Vital statistics of India. Vol. VI, European troops 1870-79
Year: 1870
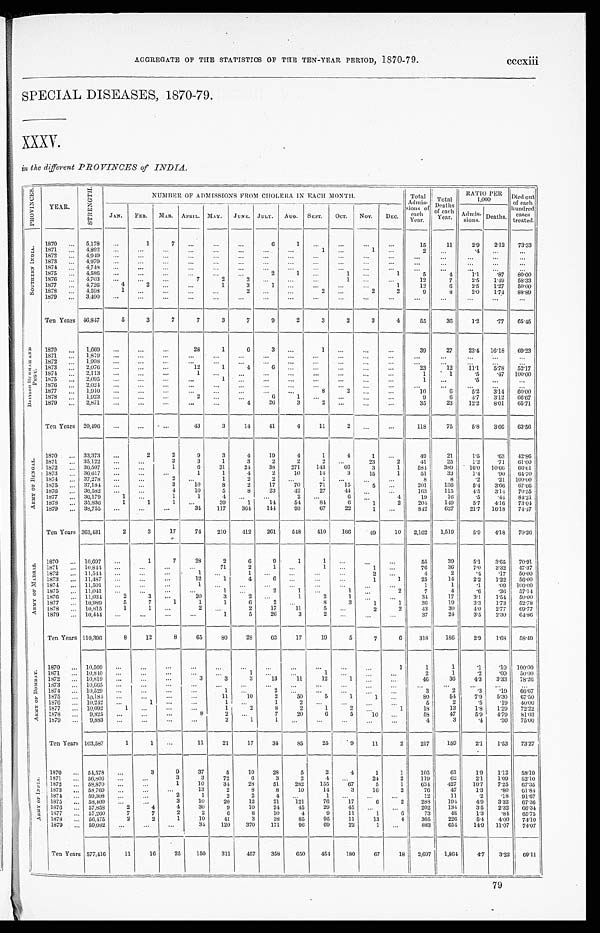
AGGREGATE OF THE STATISTICS OF THE TEN-YEAR PERIOD, 1870-79. cccxiii
SPECIAL DISEASES, 1870-79.
XXXV.
in the different PROVINCES of INDIA.
P R O V I N C E S .
YEAR.
S T R E N G T H .
NUMBER OF ADMISSIONS FROM CHOLERA IN EACH MONTH.
Total
Admis-
s i o n s o f e a c h Y e a r . Total
Deaths
of each
Y e a r .
RATIO PER
1,000
Died out
of each
hundred
cases
treated.
JAN. FEB. MAR. APRIL. MAY. JUNE. JULY. AUG. SEPT. OCT. NOV.
DEC.
Admis-s i o n s . Deaths.
S O U T H E R N I N D I A .
1870 ... 5,178 ...
1
7 ...
...
...
6
1
. . . ...
. . . ...
15
11
2 . 9
2. 12
73.33
1871 ... 4,892 ...
. . .
. . . ...
...
...
. . . ...
. . . ...
1
. . .
1 ...
. 4
. . . ...
1872 ... 4,949 ...
...
...
...
...
...
...
...
...
...
...
. . . ...
. . . ...
. . . ...
1873 ... 4,979 ...
. . . ...
...
...
. . . ...
. . .
. . .
...
...
...
...
. . . . . .
. . . ...
1874 ... 4,748 ...
...
. . .
. . . ...
...
...
...
. . . ...
. . .
. . . ...
...
. . .
. . . ...
1875 ... 4,586 ...
. . . . . . ...
...
. . . 2
1 ...
1 . . .
1
5
4
1.1
. 8 7 80.00
1876 ... 4,703 ...
...
. . .
7
2
2 . . .
. . .
. . . 1
. . . ...
12
7
2 . 5
1.49 58.33
1877 ... 4,726
4
2 . . . ...
1
3
1 ...
...
... ...
1
12
6
2 . 5
1 . 2 7
50.00
1878 ... 4,598
1 ...
. . . ...
...
2
. . .
. . .
2 ... 2
2
9
8
2 . 0
1. 74
88.89
1879 ... 3,490 ...
. . . . . .
. . . ...
...
. . . ...
...
...
. . . ...
...
. . .
...
...
...
Ten Years 46,847
5
3
7
7
3
7
9
2
3
2
3
4
55
36
1.2
.77 65.45
B R I T I S H B U R M A H A N D P E G U .
1870 ... 1,669 ...
. . .
...
28
1
6
3
. . .
1 ...
...
...
39
27
23.4 16.18 69.23
1871 ... 1,819 ...
. . .
. . . ...
...
...
. . .
. . . ...
...
. . .
. . . ...
. . .
. . .
. . . ...
1872 ... 1,998 ...
. . .
. . .
. . . ...
...
. . .
. . . ... ...
. . .
. . . . . .
. . .
...
...
...
1873 ... 2,076 ...
...
. . .
12
1
4
6
. . .
. . . ...
...
...
23
12
1 1 . 1
5. 78
52.17
1874 ... 2,113 ...
. . . ...
1 ...
. . .
. . .
. . . ... ...
. . . ...
1
1
.5
.47 100.00
1875 ... 2,095
. . . ...
. . . ...
1 ...
. . .
. . .
. . . ...
. . . ...
. . .
1
. 5
. . .
...
1876 ... 2,024 ...
. . . ...
...
...
. . . . . .
. . . ...
...
. . . ...
...
. . .
. . . . . .
...
1877 ... 1,910 ...
. . .
. . .
. . .
...
...
. . . ...
8
2
. . . ...
10
6
5.2
3.14 60.00
1878 ... 1,923 ...
. . .
. . .
2
...
...
6
1 ...
...
. . . ...
9
6
4.7 3. 12
66.67
1879 ... 2,871
. . .
. . . . . .
......
4
26
3
2
...
. . .
. . . 35
23
12.2
8 . 0 1
65.71
Ten Years 20,496 ...
...
. . .
43
3
14
41
4
11 2
. . .
...
118
75
5. 8
3 . 6 6
63.56
A R M Y O F B E N G A L .
1870 ... 33,373 ...
2
2
9 3
4
19
4
1
4
1
. . . 49
21
1.5
.63 42.86
1871 ... 35,122 ...
...
3
3
1
3
2
2
2
... 23
2
41
25
1. 2
.71 61.00
1872 ... 36,507 ...
...
1
6 31
24
38
271
143
66
3
1
584
389
16.0 10. 66
66.61
1873 ... 36,617 ...
...
. . .
1
1
4
2
10
14
3
15
1
51
33
1.4
.90 64.70
1874 ... 37,278
. . . ...
2 ...
1
2
2
. . . 1 ...
. . . ...
8
8
.2
.21 100.00
1875 ... 37,184 . . .
. . . 3
10
8
2
17
70
71
15
5
. . . 201
136
5.4
3. 66
67.66
1876 ... 36,582 ...
. . . 4
10
5
8
23
42
27
44
. . .
. . . 163
115
4.5
3. 14
70.55
1877 ... 36,179
1
. . .
1
1 4
. . . ...
2
. . .
6
. . .
4 19
16
.5
.44 84.21
1878 ... 35,836
1
1
1
... 39
1
14
54
84
6
1
2
204
149
5.7
4. 16
73.04
1879 ... 38,755 ...
...
...
31
117
364
144
93
67
22
1 ...
842
627
21.7 16. 18
74.47
Ten Years 363,431
2
3
17
74
210
412 261
548
410
166
49
10 2,162 1,519
5. 9
4.18 70.26
A R M Y O F M A R D R A S .
1870 ... 10,697
. . .
1
7
28
2
6
9
1
1
...
...
. . . 55
39
5. 1
3. 65
70.91
1871 ... 10,844 ...
. . .
...
...
71
2
1
. . .
1
... 1 ...
76
36
7.0
3.32 47.37
1872 ... 11,544 ...
...
. . .
1 ...
1
. . .
. . . ...
...
2
. . .
4
2 .4
.17 50.00
1873 ... 11,487
. . .
. . . ...
12
1
4
6
. . . ...
. . .
1
1
25
14
2.2
1.22 56.00
1874 ... 11,501 ...
...
. . .
1
. . . . . . .
. . .
. . .
. . . . . .
...
...
1
1
.1
.09 100.00
1875 ... 11,041 ...
...
. . . ...
1
. . .
2
1 ...
1
. . .
2
7
4
.6
.36 57.14
1876 ... 11,034
2
3
. . .
20
3
2
. . .
1
2
1
. . . ...
34
1 7 3. 1
1.54 50.00
1877 ... 10,989
5
7
1
1
1
6
2
. . .
8
3
1
1
3 6
19
3.3
1.73 52.78
1878 ... 10,815
1
1 ...
2
. . .
2
17
11
5 ...
2
2
43
30
4.0
2.77 69.77
1879 ... 10,444 ...
...
. . .
. . .
1
5
26
3
2 ...
...
...
37
24
3. 5
2.30 64.86
Ten Years 110,396
8
12
8
65
80
28
63
17
19
5
7
6
318
186
2. 9
1.68 58.49
A R M Y O F B O M B A Y .
1870 ... 10,509 ...
...
. . .
...
...
...
. . . ...
...
. . .
. . .
1
1
1
.1
.10 100.00
1871 ... 10,840 ...
...
...
... ...
1
. . . ...
1
. . . ...
...
2
1
. 2
. 0 9 50.00
1872 ... 10,819 ...
...
...
3 3
3
13
11
12
1
. . .
...
4 6
36
4.3 3.33 78.26
1873 ... 10,665
. . . ...
. . .
. . .
...
...
...
. . .
. . .
. . . ...
...
...
...
. . .
. . . ...
1874 ... 10,529
. . . ...
. . .
. . .
1
. . .
2
. . . . . .
... ...
. . .
3
2
. 3 .19 66.67
1875 ... 10,184 ...
...
. . . ...
11
10
2
50
5
1
1
. . .
80
5 4
7.9 5.30
67. 50
1876
. . . 10,242
. . .
1 ...
. . .
1
. . .
1
2
. . .
...
. . .
. . .
5
2
.5
.19 40.00
1877 ... 10,092
1
...
. . . ...
1
2
8
2
1
2
. . .
1
18
13
1 . 8 1.20 72.22
1878
. . . 9,825 ...
. . .
...
8
2
. . . 7
20
6
5
10 ...
58
4 7
5.9
4 . 7 9 81. 03
1879 ... 9,883 ...
...
. . .
. . .
2
1
1
. . . ...
...
. . .
. . .
4
3
. 4
. 3 0 75.00
Ten Years 103,587
1
1 ...
11
21
17
34
85
25
9
11
2
217
159
2.1 1.53 73.27
A R M Y O F I N D I A .
1870 ... 54,578 ...
3
9
37
5
10
28
5
2
4
1
1
105
61
1.9 1.12 58.10
1871 ... 56,606 ...
...
3
3
72
6
3
2
4 ...
24
2
119
62
2.1 1.09 52.10
1872
. . . 59,870 ...
...
1
10
34
28
51
282 155
6 7 5
1
634
427
10.7 7.25
67. 35
1873 ... 58, 769
. . .
. . . ...
13
2
8
8
10
14
3
16
2
76
47
1.3 .80 61.84
1874
. . .
5 9 , 3 0 8
. . .
. . .
2
1
2
2
4
. . .
1 ...
. . .
...
1 2
1 1
. 2
. 1 8
91. 67
1 8 7 5 . . .
5 8 , 4 0 9 ...
. . .
3
10
20
12
21
1 2 1
7 6 17
6
2
2 8 8 194
4 . 9
3 . 3 2
67. 36
1876 . .. 57,858
2
4
4
30
9
10
24
45
29
45 ...
. . .
202
1 3 4
3 . 5
2 . 3 2 66.34
1877 ...
57,260
7
7
2
2
6
8
10
4
9
11
1
6
73
48
1.3 .84 65.75
1878 ...
56,475
2
2
1
10
41
3
38
85
95
11
13
4
305
226
5 . 4
4 . 0 0 74.10
1879 ...
59,082
. . . ...
...
34
120
370
171
96
69
22
1
. . .
883
654 14.9 11.07 74.07
Ten Years 577,416
11
16
25
150
311
457 358
650
454 180
67
18 2,697 1,8 6 4
4.7 3.22 69.11
79